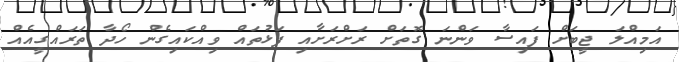
އަމިއްލަ ޖީބަށް ފައިސާ ވަންނަ ގޮތަށް ރަށްރަށާއި ފަޅުތައް ވިއްކައިގެން ހޯދާ ތަރައްގީއެއް